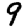
Digit: 9